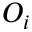
O _ { i }